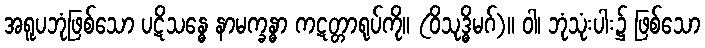
အရူပဘုံဖြစ်သော ပဋိသန္ဓေ နာမက္ခန္ဓာ ကဋတ္တာရုပ်ကို။ (ဝိသုဒ္ဓိမဂ်)။ ဝါ၊ ဘုံသုံးပါး၌ ဖြစ်သော